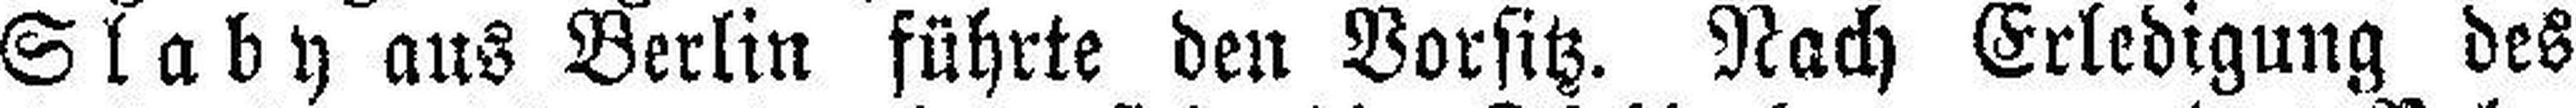
Slaby aus Berlin führte den Vorsitz. Nach Erledigung des